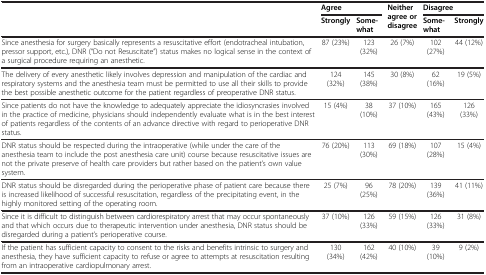
<table><thead><tr><td rowspan="2"><b> </b></td><td colspan="2"><b>Agree</b></td><td rowspan="2"><b>Neither agree or disagree</b></td><td colspan="2"><b>Disagree</b></td></tr><tr><td><b>Strongly</b></td><td><b>Some-what</b></td><td><b>Some-what</b></td><td><b>Strongly</b></td></tr></thead><tbody><tr><td>Since anesthesia for surgery basically represents a resuscitative effort (endotracheal intubation, pressor support, etc.), DNR (“Do not Resuscitate”) status makes no logical sense in the context of a surgical procedure requiring an anesthetic.</td><td>87 (23%)</td><td>123 (32%)</td><td>26 (7%)</td><td>102 (27%)</td><td>44 (12%)</td></tr><tr><td>The delivery of every anesthetic likely involves depression and manipulation of the cardiac and respiratory systems and the anesthesia team must be permitted to use all their skills to provide the best possible anesthetic outcome for the patient regardless of preoperative DNR status.</td><td>124 (32%)</td><td>145 (38%)</td><td>30 (8%)</td><td>62 (16%)</td><td>19 (5%)</td></tr><tr><td>Since patients do not have the knowledge to adequately appreciate the idiosyncrasies involved in the practice of medicine, physicians should independently evaluate what is in the best interest of patients regardless of the contents of an advance directive with regard to perioperative DNR status.</td><td>15 (4%)</td><td>38 (10%)</td><td>37 (10%)</td><td>165 (43%)</td><td>126 (33%)</td></tr><tr><td>DNR status should be respected during the intraoperative (while under the care of the anesthesia team to include the post anesthesia care unit) course because resuscitative issues are not the private preserve of health care providers but rather based on the patient’s own value system.</td><td>76 (20%)</td><td>113 (30%)</td><td>69 (18%)</td><td>107 (28%)</td><td>15 (4%)</td></tr><tr><td>DNR status should be disregarded during the perioperative phase of patient care because there is increased likelihood of successful resuscitation, regardless of the precipitating event, in the highly monitored setting of the operating room.</td><td>25 (7%)</td><td>96 (25%)</td><td>78 (20%)</td><td>139 (36%)</td><td>41 (11%)</td></tr><tr><td>Since it is difficult to distinguish between cardiorespiratory arrest that may occur spontaneously and that which occurs due to therapeutic intervention under anesthesia, DNR status should be disregarded during a patient’s perioperative course.</td><td>37 (10%)</td><td>126 (33%)</td><td>59 (15%)</td><td>126 (33%)</td><td>31 (8%)</td></tr><tr><td>If the patient has sufficient capacity to consent to the risks and benefits intrinsic to surgery and anesthesia, they have sufficient capacity to refuse or agree to attempts at resuscitation resulting from an intraoperative cardiopulmonary arrest.</td><td>130 (34%)</td><td>162 (42%)</td><td>40 (10%)</td><td>39 (10%)</td><td>9 (2%)</td></tr></tbody></table>